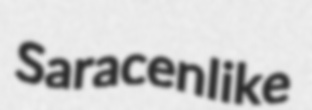
Saracenlike